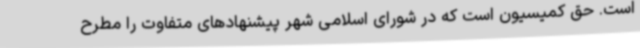
است. حق کمیسیون است که در شورای اسلامی شهر پیشنهادهای متفاوت را مطرح